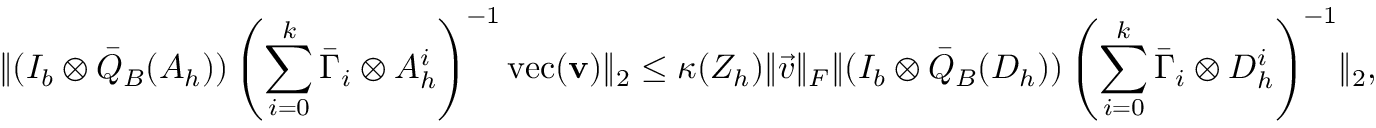
\lVert ( I _ { b } \otimes \bar { Q } _ { B } ( A _ { h } ) ) \left( \sum _ { i = 0 } ^ { k } \bar { \Gamma } _ { i } \otimes A _ { h } ^ { i } \right) ^ { - 1 } \mathrm { v e c } ( \mathbf { v } ) \rVert _ { 2 } \le \kappa ( Z _ { h } ) \lVert \vec { v } \rVert _ { F } \lVert ( I _ { b } \otimes \bar { Q } _ { B } ( D _ { h } ) ) \left( \sum _ { i = 0 } ^ { k } \bar { \Gamma } _ { i } \otimes D _ { h } ^ { i } \right) ^ { - 1 } \rVert _ { 2 } ,